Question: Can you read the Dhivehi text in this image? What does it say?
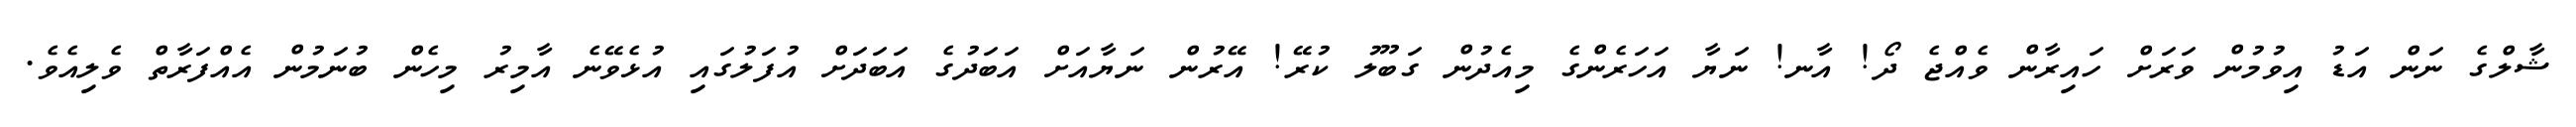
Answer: ޝާލްގެ ނަން އަޑު އިވުމުން ވަރަށް ހައިރާން ވެއްޖެ ދޯ! އާނ! ނަޔާ އަހަރެންގެ މިއެދުން ގަބޫލު ކުރޭ! އޭރުން ނަޔާއަށް އަބަދުގެ އަބަދަށް އުފަލުގައި އުޅެވޭނެ އާމިރު މިހެން ބުނަމުން އެއްފަރާތް ވެލިއެވެ.